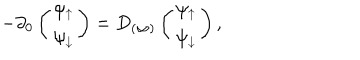
LaTeX: - \partial _ { 0 } \left( \begin{array} { c } { { \psi _ { \uparrow } } } \\ { { \psi _ { \downarrow } } } \\ \end{array} \right) = D _ { ( \infty ) } \left( \begin{array} { c } { { \psi _ { \uparrow } } } \\ { { \psi _ { \downarrow } } } \\ \end{array} \right) ,